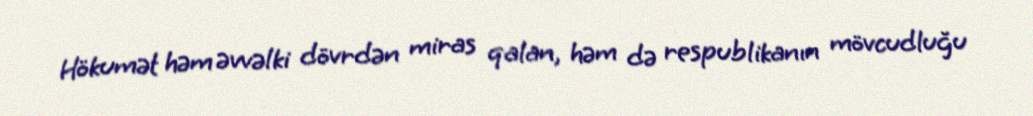
Hökumət həm əvvəlki dövrdən miras qalan, həm də respublikanın mövcudluğu